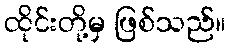
ထိုင်းတို့မှ ဖြစ်သည်။